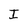
Character: I